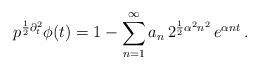
LaTeX: \begin{align*}p^{{1\over2} \partial_t^2} \phi(t) =1 -\sum_{n=1}^{\infty}a_n \, 2^{{1 \over 2} \alpha^2 n^2} \,e^{\alpha n t}\,.\end{align*}